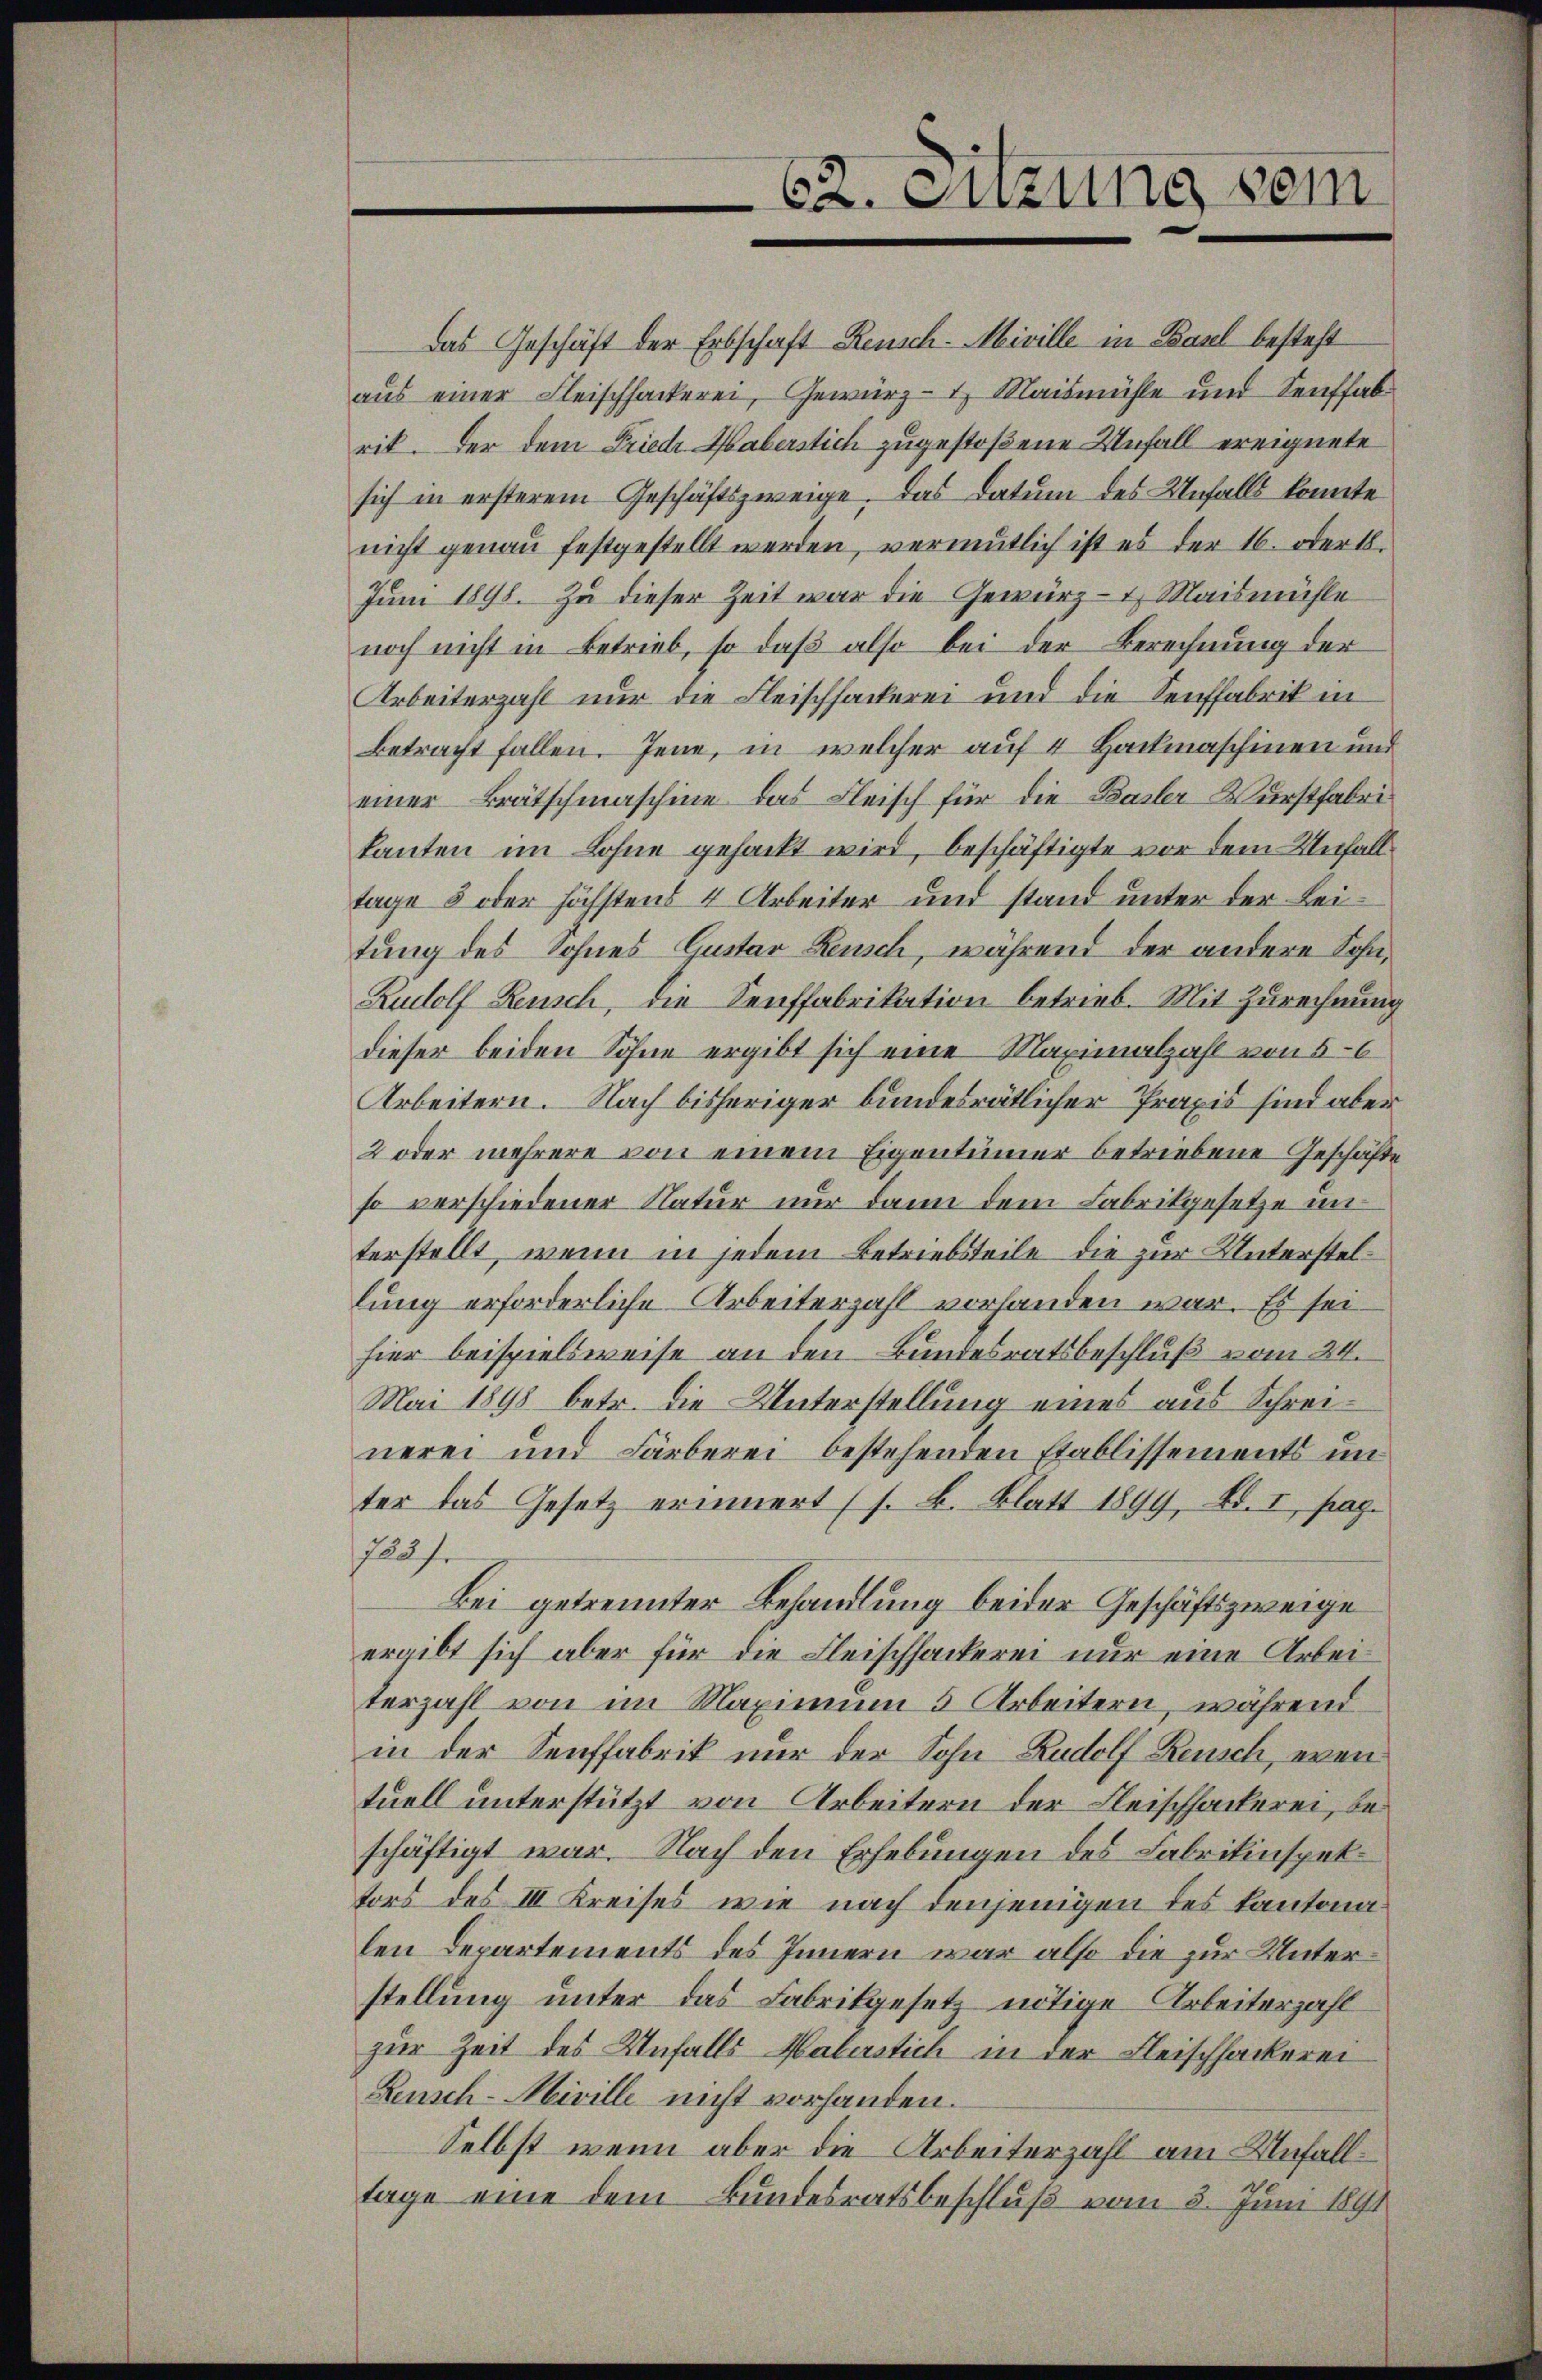
62. Sitzung sein

Das Geschäft der Erbschaft Reusch-Miville in Basel besteht
aus einer Fleischhackerei, Gewürz- & Maismühle und Senffabrik. Der dem Friedr Haberstich zugestoßene Unfall ereignete
sich in ersterem Geschäftszweige. Das Datum des Unfalls konnte
nicht genau festgestellt werden, vermutlich ist es der 16. oder 18.
Juni 1898. Zu dieser Zeit war die Gewürz- & Maismühle
noch nicht in Betrieb, so daß also bei der Berechnung der
Arbeiterzahl nur die Fleischhackerei und die Senffabrik in
Betracht fallen. Jene, in welcher auf 4 Hackmaschinen und
einer Brätschmaschine das Fleisch für die Basler Wurstfabrikanten im Lohne gehackt wird, beschäftigte vor dem Unfall
lage 5 oder höchstens 4 Arbeiter und stand unter der Leitung des Sohnes Centar Reusch, während der andere Sohn¬
Rudolf Reusch, die Senffabrikation betrieb. Mit Zurechnung
dieser beiden Söhne ergibt sich eine Maximalzahl von 5-6
Arbeitern. Nach bisheriger bundesrätlicher Praxis sind aber
2 oder mehrere von einem Eigentümer betriebene Geschäfte
so verschiedener Natur nur dann dem Fabrikgesetze in
terstellt, wenn in jedem Betriebsteile die zur Unterstellung erforderliche Arbeiterzahl vorhanden war. Es sei
hier beispielsweise an den Bundesratsbeschluß vom 24.
Mai 1898 betr. die Unterstellung eines aus Schreinerei und Färberei bestehenden Etablissements unter das Gesetz erinnert (s. B. Blatt 1899, Bd. I, pag.
722 f.
Bei getrennter Behandlung beider Geschäftszweige
ergibt sich aber für die Fleischhackerei nur eine Arbeiterzahl von im Maximum 5 Arbeitern, während
in der Senffabrik nur der Sohn Rudolf Reusch, even
tuell unterstützt von Arbeitern der Fleischhackerei, beschäftigt war. Nach den Erhebungen des Fabrikinspektors des III Kreises wie nach denjenigen des Kantonalen Departements des Innern war also die zur Unterstellung unter das Fabrikgesetz nötige Arbeiterzahl
zur Zeit des Unfalls Malerstich in der Fleischhackerei
Leusch-Miville nicht vorhanden.
Selbst wenn aber die Arbeiterzahl am Unfalltage eine dem Bundesratsbeschluß vom 3. Juni 1891